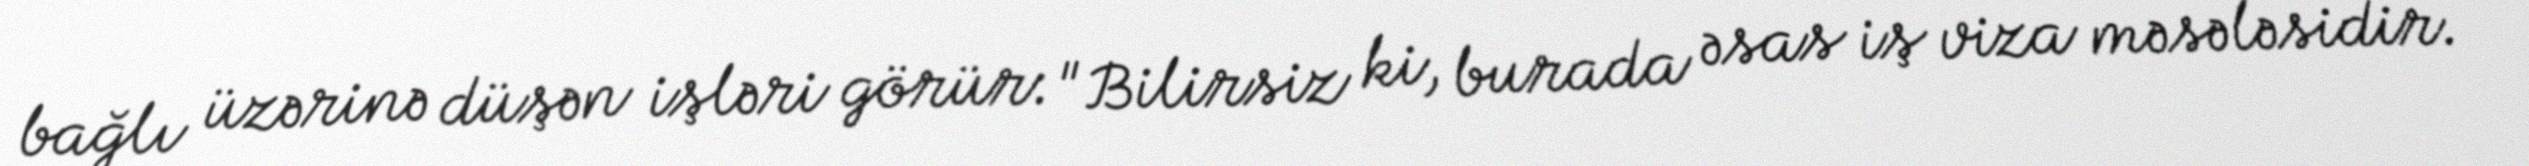
bağlı üzərinə düşən işləri görür: "Bilirsiz ki, burada əsas iş viza məsələsidir.